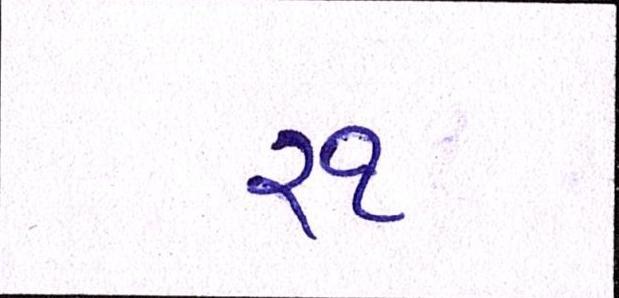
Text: ૨૧